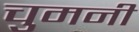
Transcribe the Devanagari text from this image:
चुमनी